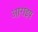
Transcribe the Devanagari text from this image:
आराइष